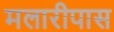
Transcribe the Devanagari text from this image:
मलारीपास